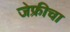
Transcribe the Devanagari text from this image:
जेफ्रीचा